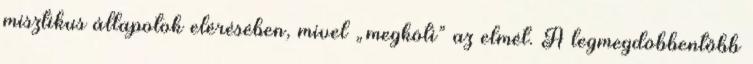
misztikus állapotok elérésében, mivel „megköti” az elmét. A legmegdöbbentőbb